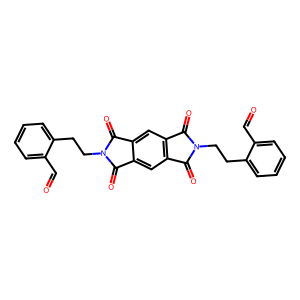
SMILES: O=Cc1ccccc1CCn1c(=O)c2cc3c(=O)n(CCc4ccccc4C=O)c(=O)c3cc2c1=O
Inhibits HIV replication: No